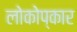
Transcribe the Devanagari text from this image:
लोकोप्कार